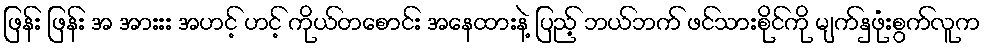
ဖြန်း ဖြန်း အ အားးး အဟင့် ဟင့် ကိုယ်တစောင်း အနေထားနဲ့ ပြည့် ဘယ်ဘက် ဖင်သားစိုင်ကို မျက်နှဖုံးစွက်လူက